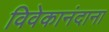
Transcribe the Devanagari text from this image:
विवेकानंदाना